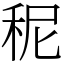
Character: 秜